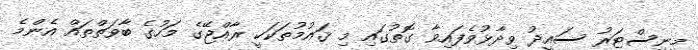
މިނިސްޓަރު ސައީދު ވިދާޅުވެފައިވާ ގޮތުގައި މި ޤައުމުތަކަކީ ރާއްޖޭގެ މަހުގެ ބާވަތްތައް އެންމެ